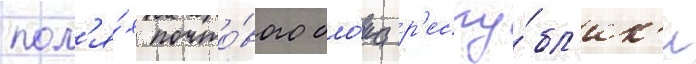
пол'я́х почто́вого бло́ка р'еспу́бл'ик'и